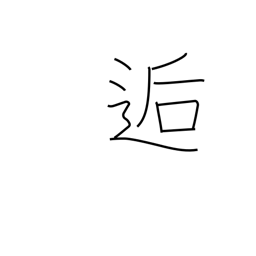
Meaning: meet